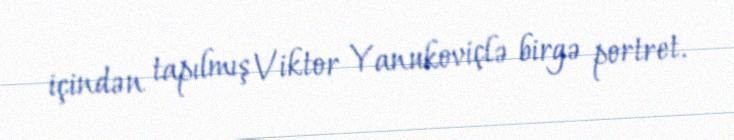
içindən tapılmış Viktor Yanukoviçlə birgə portret.